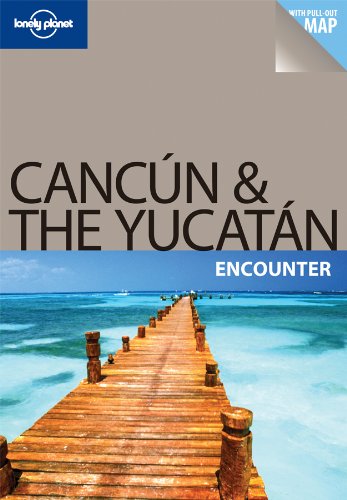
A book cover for Lonely Planet Cancun & the Yucatan Encounter; Greg Benchwick; Travel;